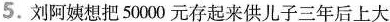
5.刘阿姨想把50000元存起来供儿子三年后上大